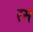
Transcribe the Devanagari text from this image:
रसं